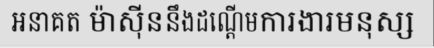
អនាគត ម៉ាស៊ីននឹងដណ្តើមការងារមនុស្ស